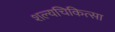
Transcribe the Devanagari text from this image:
शल्‍यचिकित्‍सा